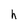
Character: h